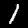
Digit: 1